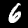
Digit: 6